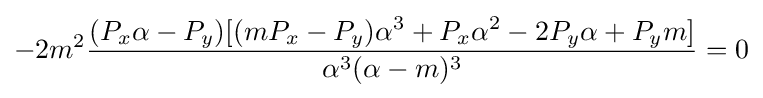
-2m^{2}{\frac {(P_{x}\alpha -P_{y})[(mP_{x}-P_{y})\alpha ^{3}+P_{x}\alpha ^{2}-2P_{y}\alpha +P_{y}m]}{\alpha ^{3}(\alpha -m)^{3}}}=0